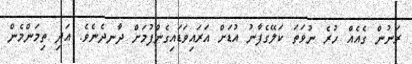
ރަނުން ގެއެއް ހުރެ ނުވަތަ ކަލޭގެފާނު އުޑަށް އަރައިވަޑައިގެންފުމަށް ދާނދެނެވެ. އަދި ތިމަންމެން